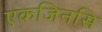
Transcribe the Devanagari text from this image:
एकजिनसि